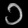
Digit: ၁